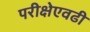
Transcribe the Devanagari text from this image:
परीक्षेएवढी